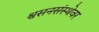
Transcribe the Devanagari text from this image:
श्वसनसंस्थेवर